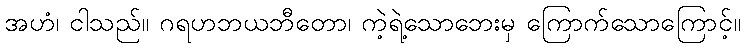
အဟံ၊ ငါသည်။ ဂရဟဘယဘီတော၊ ကဲ့ရဲ့သောဘေးမှ ကြောက်သောကြောင့်။